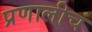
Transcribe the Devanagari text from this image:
प्रणालीचं